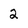
Character: 2